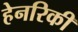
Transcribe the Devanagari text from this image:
हेनरिकी